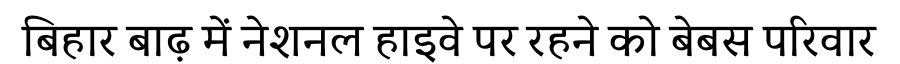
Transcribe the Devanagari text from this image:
बिहार बाढ़ में नेशनल हाइवे पर रहने को बेबस परिवार